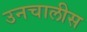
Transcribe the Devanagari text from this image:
उनचालीस